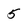
Character: 5